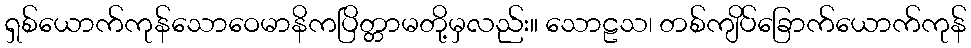
ရှစ်ယောက်ကုန်သောဝေမာနိကပြိတ္တာမတို့မှလည်း။ သောဠသ၊ တစ်ကျိပ်ခြောက်ယောက်ကုန်